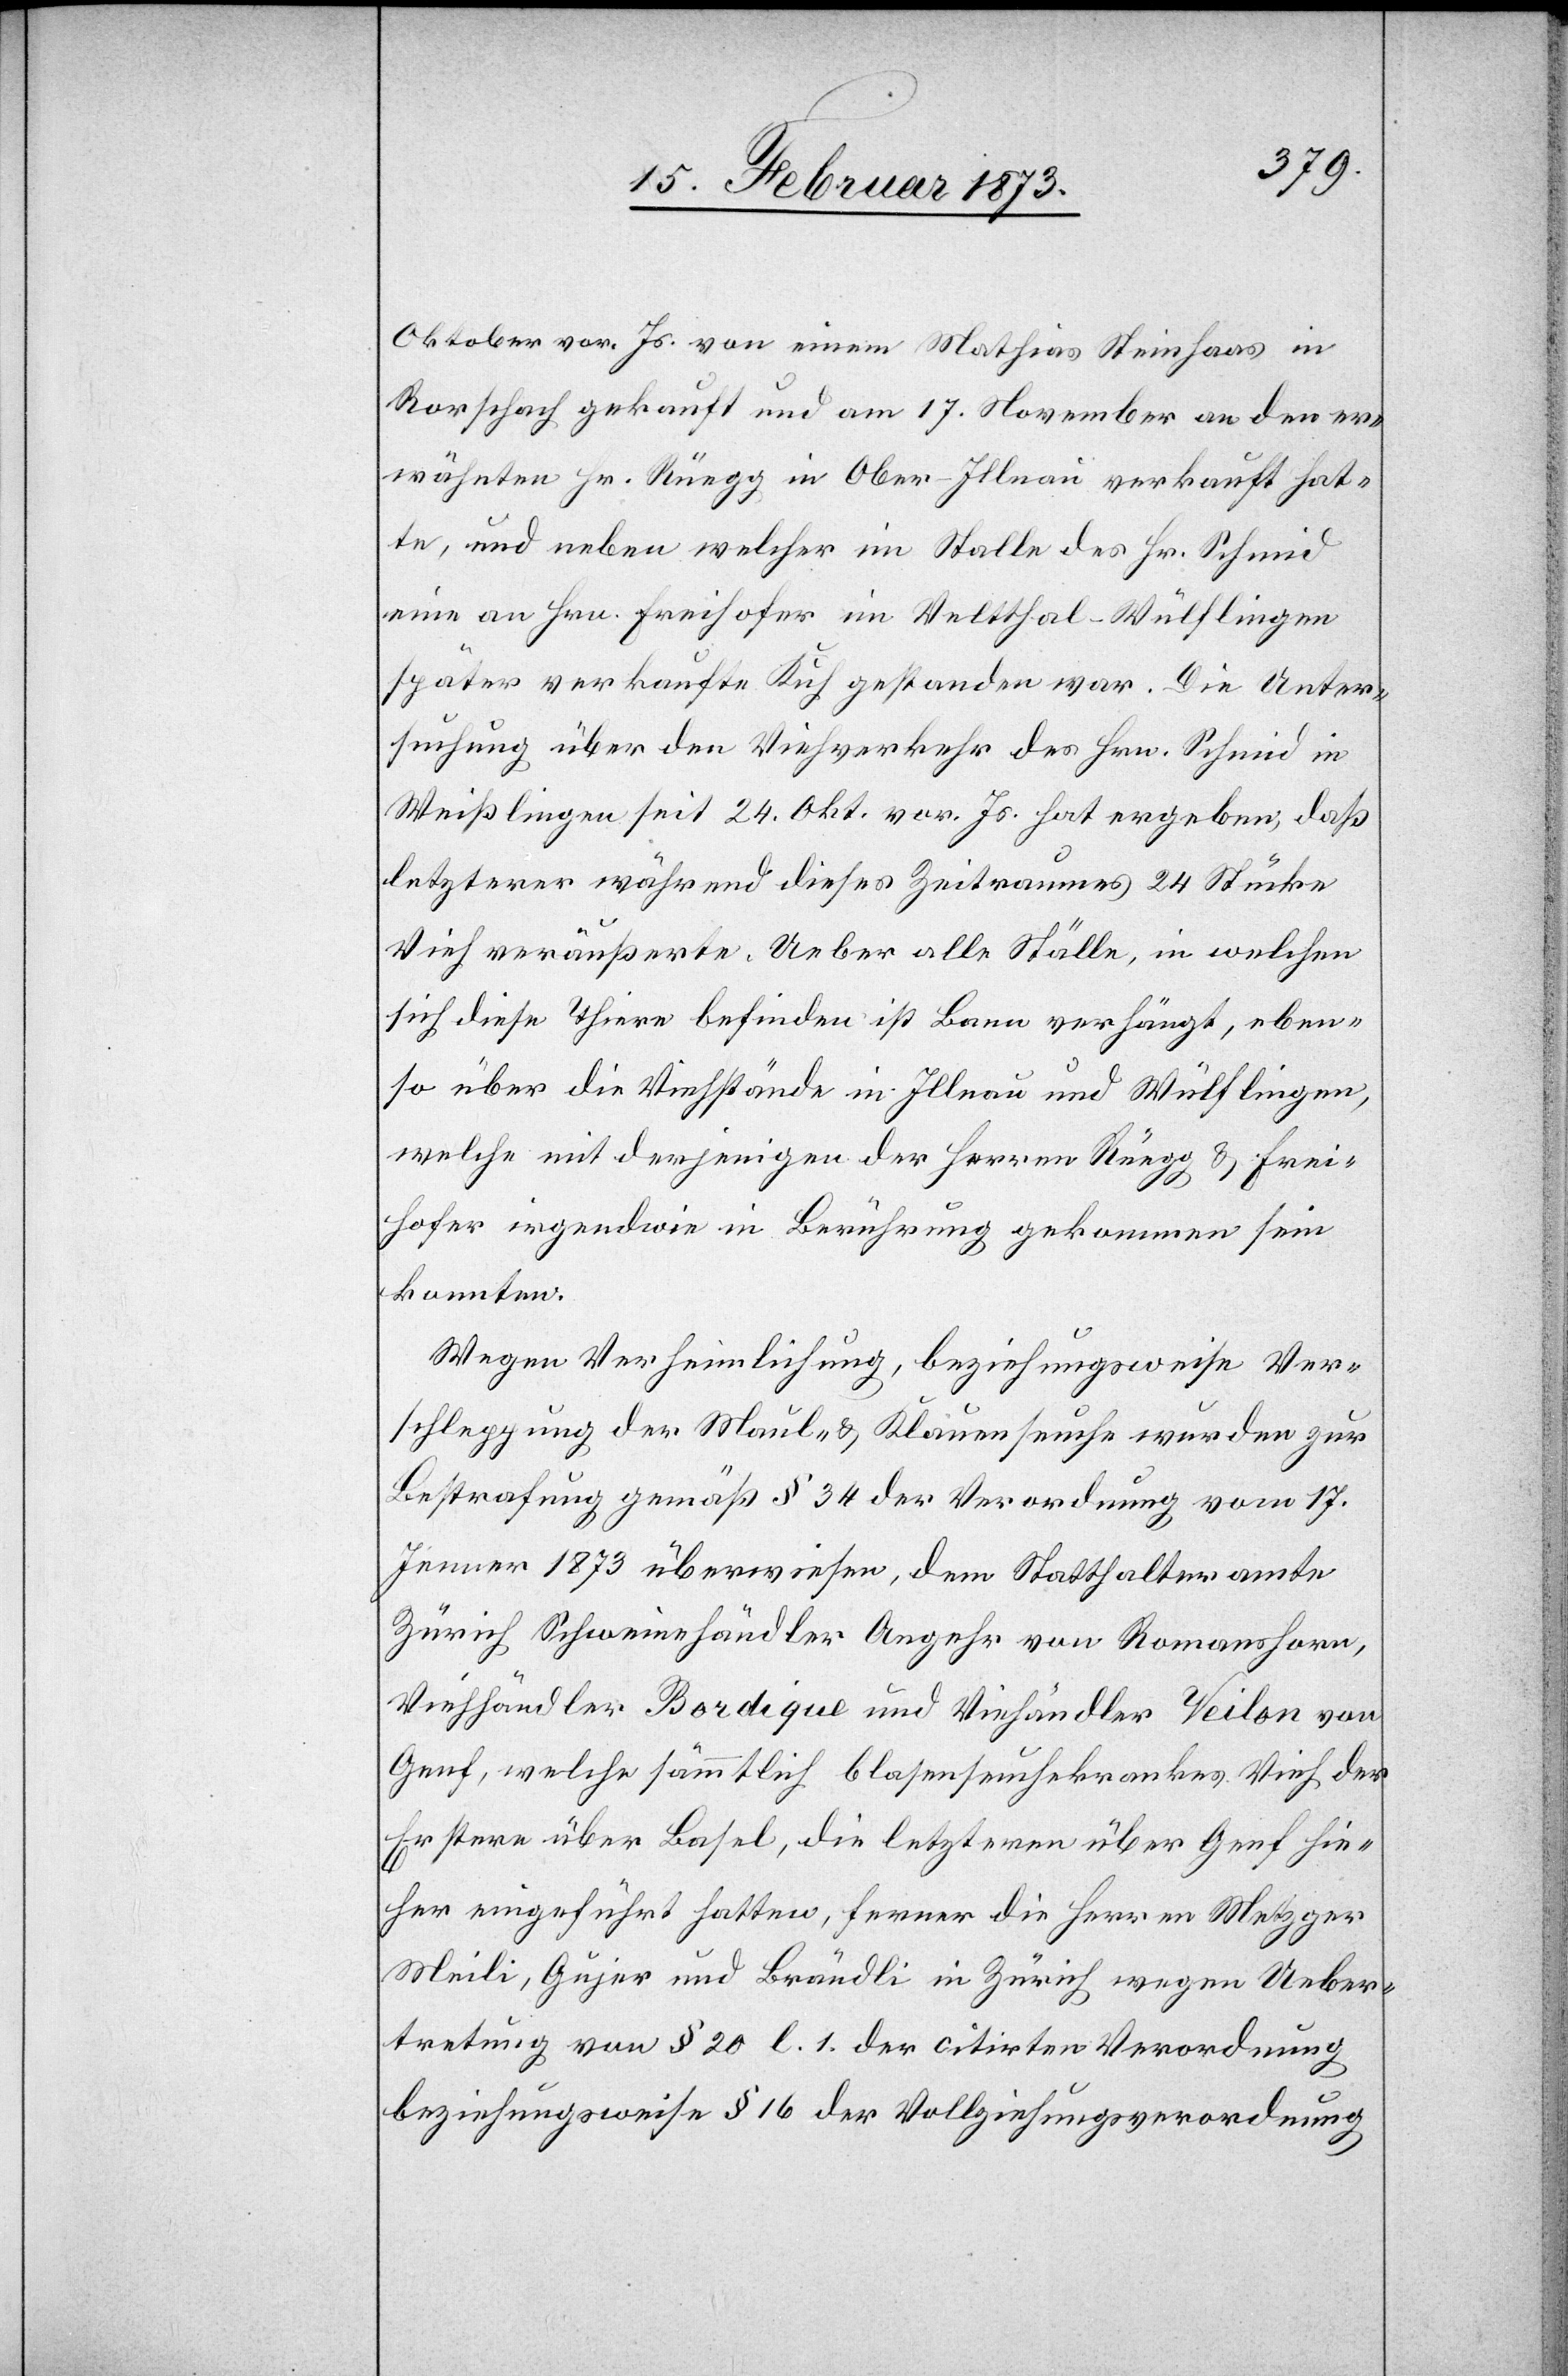
Oktober vor. Js. von einem Mathias Steinhans in
Rorschach gekauft und am 17. November an den er¬
wähnten Hr. Rüegg in Ober-Illnau verkauft hat¬
te, und neben welcher im Stalle des Hr. Schmid
eine Hrn. Freihofer im Veltthal-Wülflingen
später verkaufte Kuh gestanden war. Die Unter¬
suchung über den Viehverkehr des Hrn. Schmid in
Weißlingen seit 24. Okt. vor. Js. hat ergeben, daß
letzterer während dieses Zeitraumes 24 Stücke
Vieh veräußerte. Ueber alle Ställe, in welchen
sich diese Thiere befinden[,] ist Bann verfügt, eben¬
so über die Viehstände in Illnau und Wülflingen,
welche mit derjenigen der Herren Rüegg u. Frei¬
hofer irgendwie in Berührung gekommen sein
konnten.
Wegen Verheimlichung, beziehungsweise Ver¬
schleppung der Maul- u. Klauenseuche wurden zur
Bestrafung gemäß § 34 der Verordnung vom 17.
Jenner 1873 überwiesen, dem Statthalteramte
Zürich Schweinehändler Angehr von Romanshorn,
Viehhändler Bordique und Vieh[h]ändler Veilon von
Genf, welche sämmtlich blasenseuchekrankes Vieh der
Erstere über Basel, die letzteren über Genf hie¬
her eingeführt hatten, ferner die Herren Metzger
Meili, Gujer und Brändli in Zürich wegen Ueber¬
tretung von § 20 l. 1. der citirten Verordnung
beziehungsweise § 16 der Vollziehungsverordnung